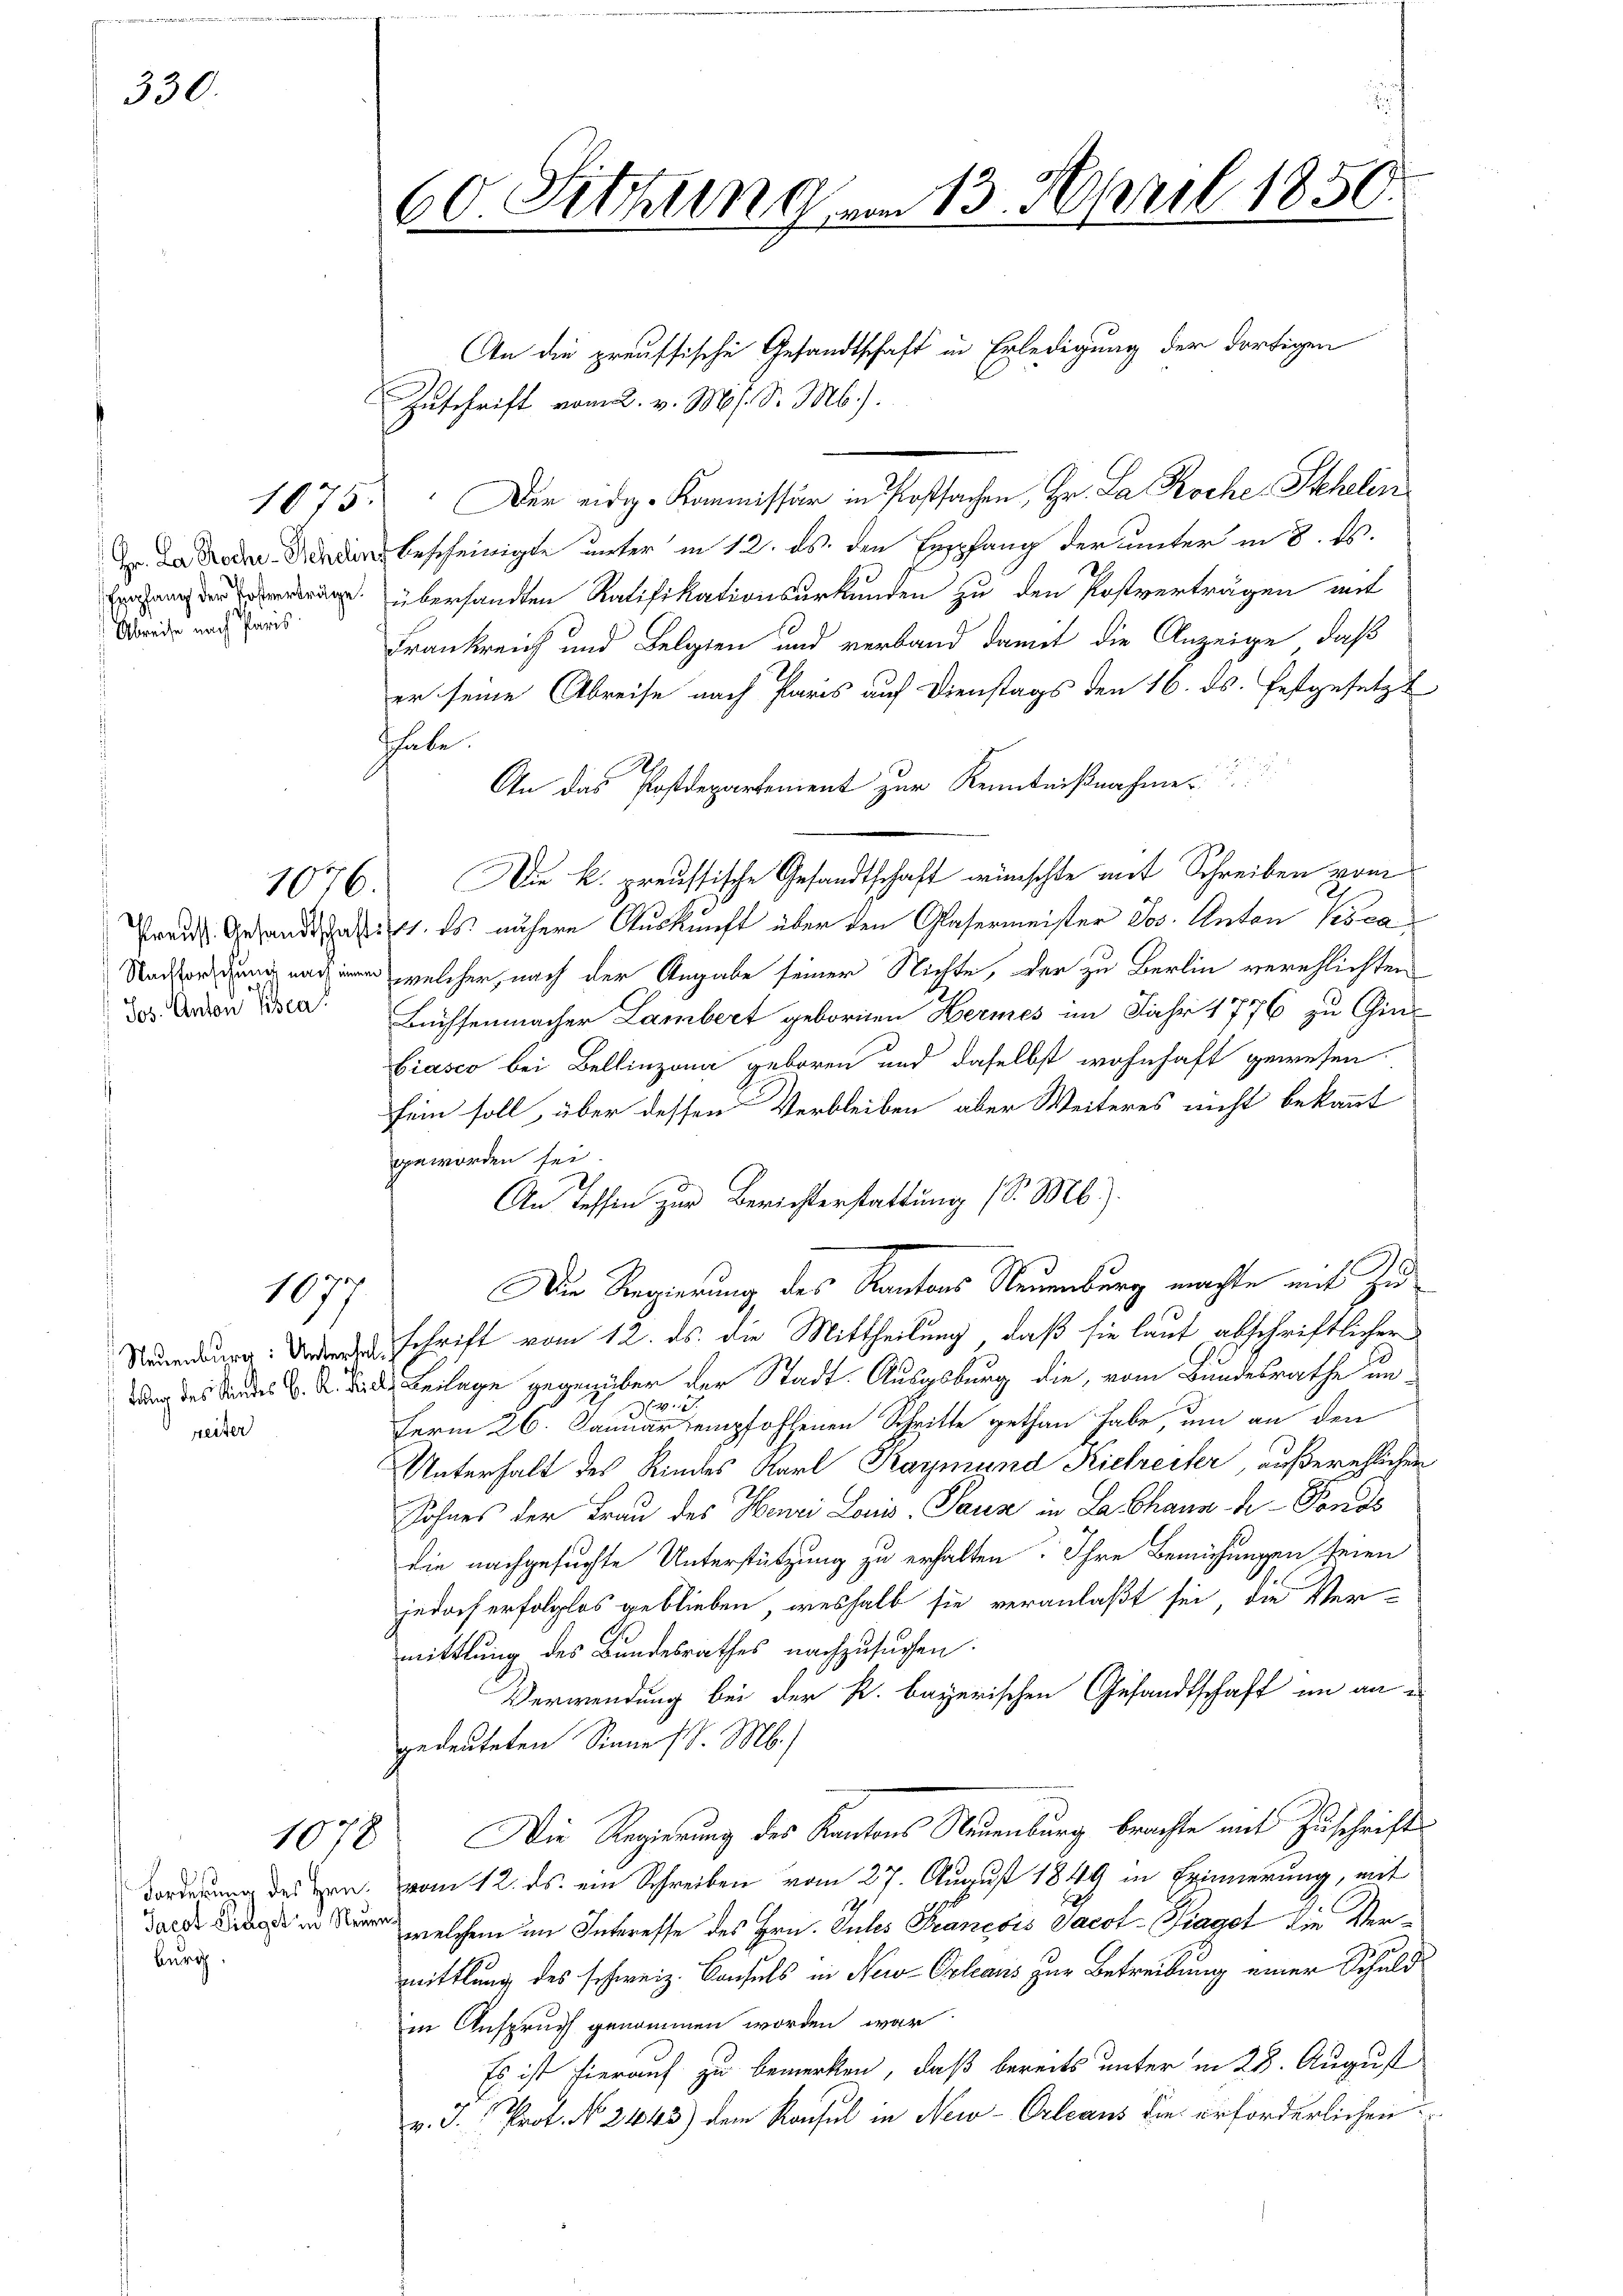
330.

Empfang der Postverträge.
Abreise nach Paris.

1075.

reiter

1877

1078

Forderung des Hrn.
Jacot Siegel in Rei
burig.

60. Sitzung am 13. April 1850

An die preussische Gesandtschaft in Erledigung der dortigen
Zuschrift vom 2. v. Ms. S. Mb.).
Der eidg. Kommissär in Postsachen, Hr. La Roche Stehelin
T. Da der bescheinigte unter in 12. ds. den Empfang der unter in 8. ds.
übersandten Ratifikationsurkunden zu den Postverträgen mit
Frankreich und Belgien und verband damit die Anzeige, daß
er seine Abreise nach Paris auf Dienstags den 16. ds. festgesetzt
Thale.
An das Postdepartement zur Kenntnißnahme
1076. Die k. preussische Gesandtschaft wünschte mit Schreiben vom
Preis Gesandt hat es nähere Auskunft über den Glasermeister Jos. Anton Kova
 welcher, nach der Angabe seiner Nichte, der zu Berlin verehlichten
Das an den Büchsenmacher Lambert gebornen Hermes im Jahr 1776 zu Gin¬
Biasco bei Bellinzona geboren und daselbst wohnhaft gewesen
sein soll, über dessen Verbleiben aber Weiteres nicht bekannt
geworden sei.
An Tessin zur Berichterstattung (S. M.).
Die Regierung des Kantons Neuenburg machte mit Zu
Neuenburg: Unteresschrift vom 12. ds. die Mittheilung, daß sie laut abschriftlicher
g des des . .  Beilage gegenüber der Stadt-Ausgsburg die, vom Bundesrathe un¬
.
d
ferm 26. Januar empfohlenen Schritte gethan habe, um an den
Unterhalt des Kindes Karl Kaymund Kiefreiter, außerehlichen
Sohnes der Frau des Henri Louis, Pause in La Chaus - Fonds
die nachgesuchte Unterstützung zu erhalten. Ihre Bemühungen seien
jedoch erfolglos geblieben, weshalb sie veranlaßt sei, die Ver-
mittlung des Bundesrathes nachzusuchen.
Verwendung bei der R. bayerischen Gesandtschaft im an es
gedeuteten Sinne (S. M.)
Die Regierung des Kantons Neuenburg brachte mit Zuschrifts
vom 12. ds. ein Schreiben vom 27. August 1849 in Erinnerung, mit
 welchem im Interesse des Hrn. Sules Francois Jacot-Piaget die Vermittlung des schweiz. Consuls in New-Orleans zur Betreibung einer Schuld
in Anspruch genommen worden war
Es ist hierauf zu bemerken, daß bereits unter in 28. August
v. J. Prof. No. 2443) dem Konsul in New-Orleaus die erforderlichen